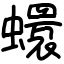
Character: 蠉